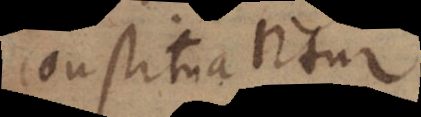
constituantur.